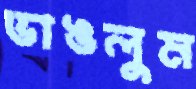
ভাঙলুম